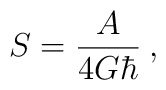
S = \frac{A}{4G \hbar} \>,